Insane asylums Bombay 1873-77 - 1873-1877
Year: 1873
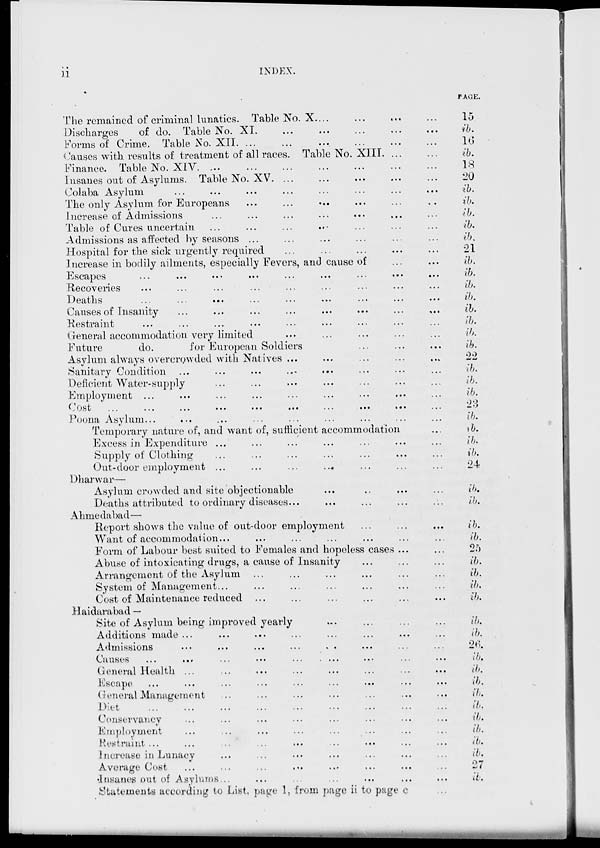
ii
INDEX.
The remained of criminal lunatics. Table No. X. ... ... ... ...
Discharges
of do. Table No. XI. ... ... ... ... ...
Forms of Crime. Table No. XII. ... ... ... ... ... ...
Causes with results of treatment of all races. Table No. XIII. ... ...
Finance. Table No. XIV ... ... ... ... ... ... ...
Insanes out of Asylums. Table No. XV. ... ... ... ... ...
Colaba Asylum ... ... ... ... ... ... ... ...
The only Asylum for Europeans ... ... ... ... ... ...
Increase of Admissions ... ... ... ... ... ... ...
Table of Cures uncertain ... ... ... ... ... ... ...
Admissions as affected by seasons ... ... ... ... ... ...
Hospital for the sick urgently required ... ... ... ... ...
Increase in bodily ailments, especially Fevers, and cause of ... ...
Escapes ... ... ... ... ... ... ... ... ...
Recoveries ... ... ... ... ... ... ... ... ...
Deaths ... ... ... ... ... ... ... ... ...
Causes of Insanity ... ... ... ... ... ... ... ...
Restraint ... ... ... ... ... ... ... ... ...
General accommodation very limited ... ... ... ... ...
Future
do.
for European Soldiers ... ... ...
Asylum always overcrowded with Natives ... ... ... ... ...
Sanitary Condition ... ... ... ... ... ... ... ...
Deficient Water-supply ... ... ... ... ... ... ...
Employment ... ... ... ... ... ... ... ... ...
Cost ... ... ... ... ... ... ... ... ... ...
Poona Asylum ... ... ... ... ... ... ... ... ...
Temporary nature of, and want of, sufficient accommodation ...
Excess in Expenditure ... ... ... ... ... ... ...
Supply of Clothing ... ... ... ... ... ... ...
Out-door employment ... ... ... ... ... ... ...
Dharwar—
Asylum crowded and site objectionable ... ... ... ...
Deaths attributed to ordinary diseases ... ... ... ... ...
Ahmedabad—
Report shows the value of out-door employment ... ... ...
Want of accommodation... ... ... ... ... ... ...
Form of Labour best suited to Females and hopeless cases... ...
Abuse of intoxicating drugs, a cause of Insanity ... ... ...
Arrangement of the Asylum ... ... ... ... ... ...
System of Management ... ... ... ... ... ... ...
Cost of Maintenance reduced ... ... ... ... ... ...
Haidarabad —
Site of Asylum being improved yearly ... ... ... ...
Additions made ... ... ... ... ... ... ... ...
Admissions ... ... ... ... .. ... ... ...
Causes ... ... ... ... ... ... ... ... ...
General Health ... ... ... ... ... ... ... ...
Escape ... ... ... ... ... ... ... ... ...
General Management ... ... ... ... ... ... ... ...
Diet ... ... ... ... ... ... ... ... ...
Conservancy ... ... ... ... ... ... ... ...
Employment ... ... ... ... ... ... ... ...
Restraint ... ... ... ... ... ... ... ... ...
Increase in Lunacy ... ... ... ... ... ... ...
Average Cost ... ... ... ... ... ... ... ...
Insanes out of Asylums ... ... ... ... ... ... ...
Statements according to List, page 1, from page ii to page e ...
PAGE.
15
ib.
16
ib.
18
20
ib.
ib.
ib.
ib.
ib.
21
ib.
ib.
ib.
ib.
ib.
ib.
ib.
ib.
22
ib.
ib.
ib.
23
ib.
ib.
ib.
ib.
24
ib.
ib.
ib.
ib.
25
ib.
ib.
ib.
ib.
ib.
ib.
26
ib.
ib.
ib.
ib.
ib.
ib.
ib.
ib.
ib.
27
ib.